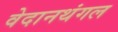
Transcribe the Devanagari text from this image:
वेदानथंगल